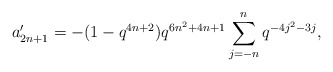
\begin{align*} a'_{2n+1} = -(1-q^{4n+2})q^{6n^2+4n+1}\sum_{j=-n}^{n}q^{-4j^2-3j},\end{align*}